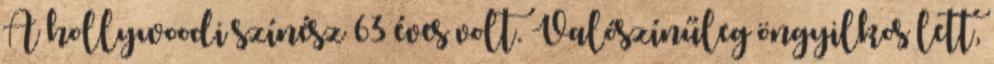
A hollywoodi színész 63 éves volt. Valószínűleg öngyilkos lett,